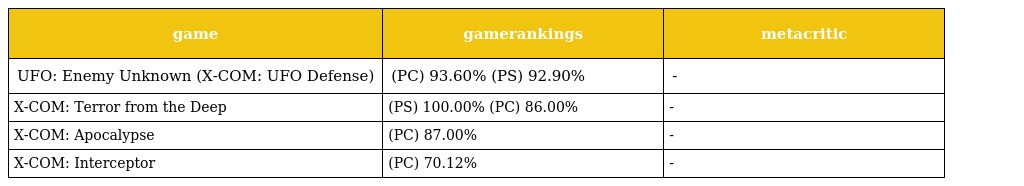
| game | gamerankings | metacritic |
 | --- | --- | --- |
 | UFO: Enemy Unknown (X-COM: UFO Defense) | (PC) 93.60% (PS) 92.90% | - |
 | X-COM: Terror from the Deep | (PS) 100.00% (PC) 86.00% | - |
 | X-COM: Apocalypse | (PC) 87.00% | - |
 | X-COM: Interceptor | (PC) 70.12% | - |